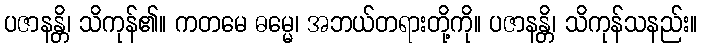
ပဇာနန္တိ၊ သိကုန်၏။ ကတမေ ဓမ္မေ၊ အဘယ်တရားတို့ကို။ ပဇာနန္တိ၊ သိကုန်သနည်း။